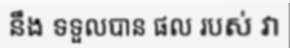
នឹង ទទួលបាន ផល របស់ វា